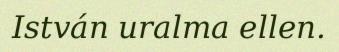
István uralma ellen.